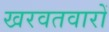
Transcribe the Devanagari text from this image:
खरवतवारों